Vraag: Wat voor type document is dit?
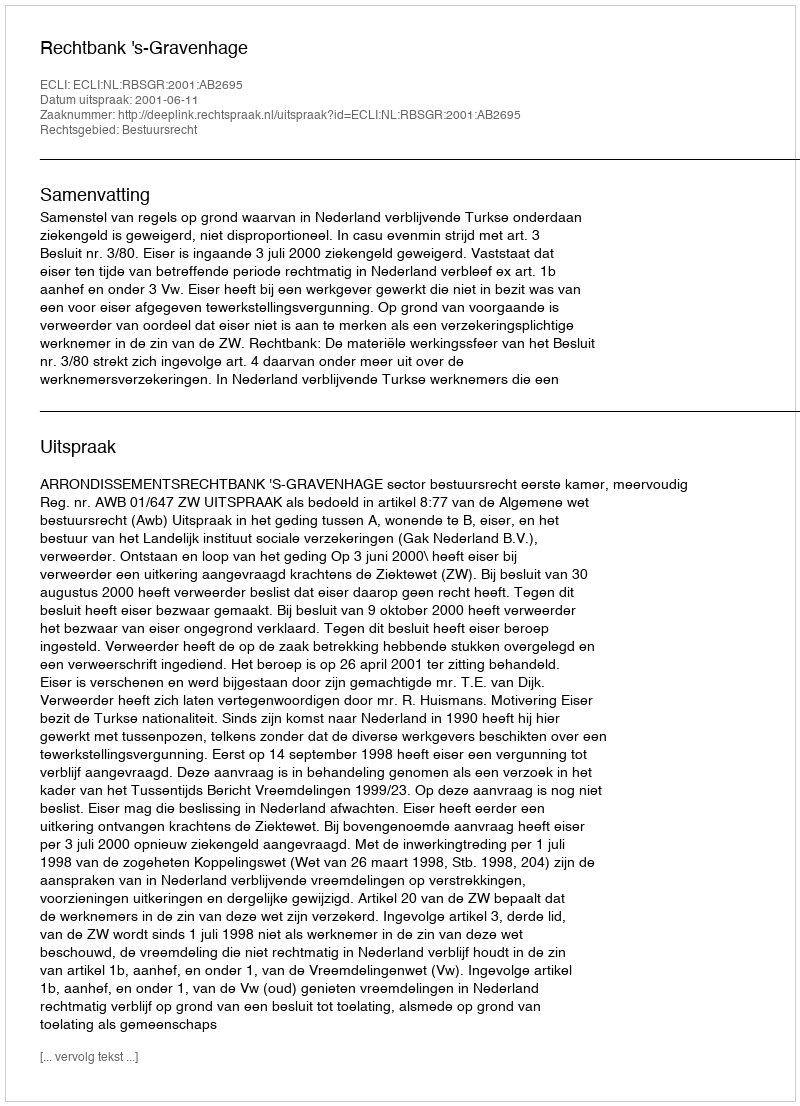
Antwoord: Uitspraak